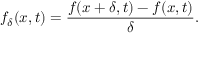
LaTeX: f _ { \delta } ( x , t ) = { \frac { f ( x + \delta , t ) - f ( x , t ) } { \delta } } .